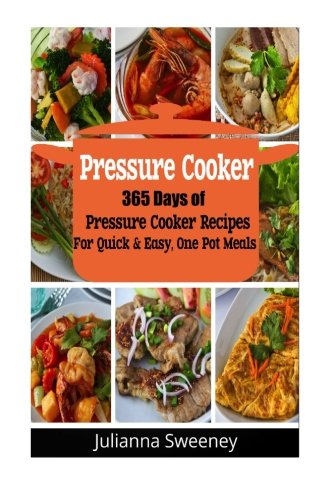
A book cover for Pressure Cooker:  365 Days of Pressure Cooker Recipes For Quick & Easy, One Pot Meals; Julianna Sweeney; Cookbooks, Food & Wine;